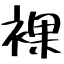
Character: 裸